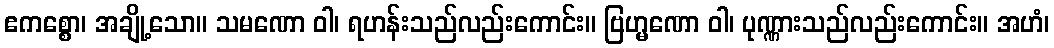
ဧကစ္စော၊ အချို့သော။ သမဏော ဝါ၊ ရဟန်းသည်လည်းကောင်း။ ဗြဟ္မဏော ဝါ၊ ပုဏ္ဏားသည်လည်းကောင်း။ အဟံ၊